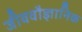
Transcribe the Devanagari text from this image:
जीववौज्ञानिक